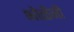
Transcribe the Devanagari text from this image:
भोळेंनी